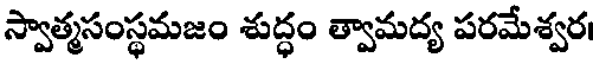
స్వాత్మసంస్థమజం శుద్ధం త్వామద్య పరమేశ్వర।